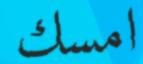
امسك